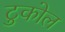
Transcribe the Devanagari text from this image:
टुकोल